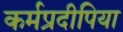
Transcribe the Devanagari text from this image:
कर्मप्रदीपिया